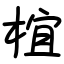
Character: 椬